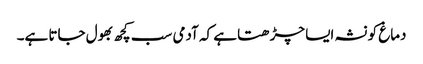
دماغ کو نشہ ایسا چڑھتا ہے کہ آدمی سب کچھ بھول جاتا ہے۔